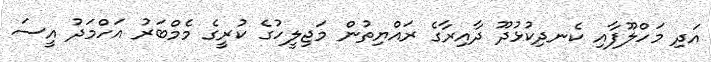
އަދި މަހްލޫފާއި ކެނދިކުޅުދޫ ދާއިރާގެ ރައްޔިތުން މަޖިލީހުގެ ކުރީގެ މެމްބަރު އަހްމަދު އީސަ